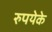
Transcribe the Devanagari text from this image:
रुपयेके